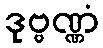
ဒုဗ္ဗဏ္ဏံ